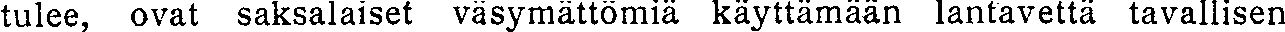
tulee, ovat saksalaiset väsymättömiä käyttämään lantavettä tavallisen